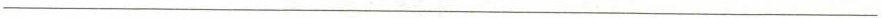
___